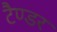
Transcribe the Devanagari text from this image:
टैण्डर